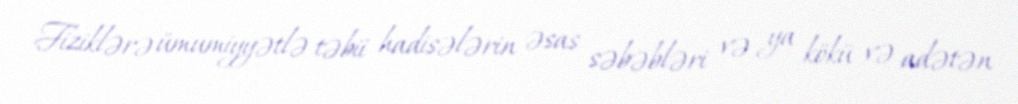
Fiziklərə ümumiyyətlə təbii hadisələrin əsas səbəbləri və ya kökü və adətən